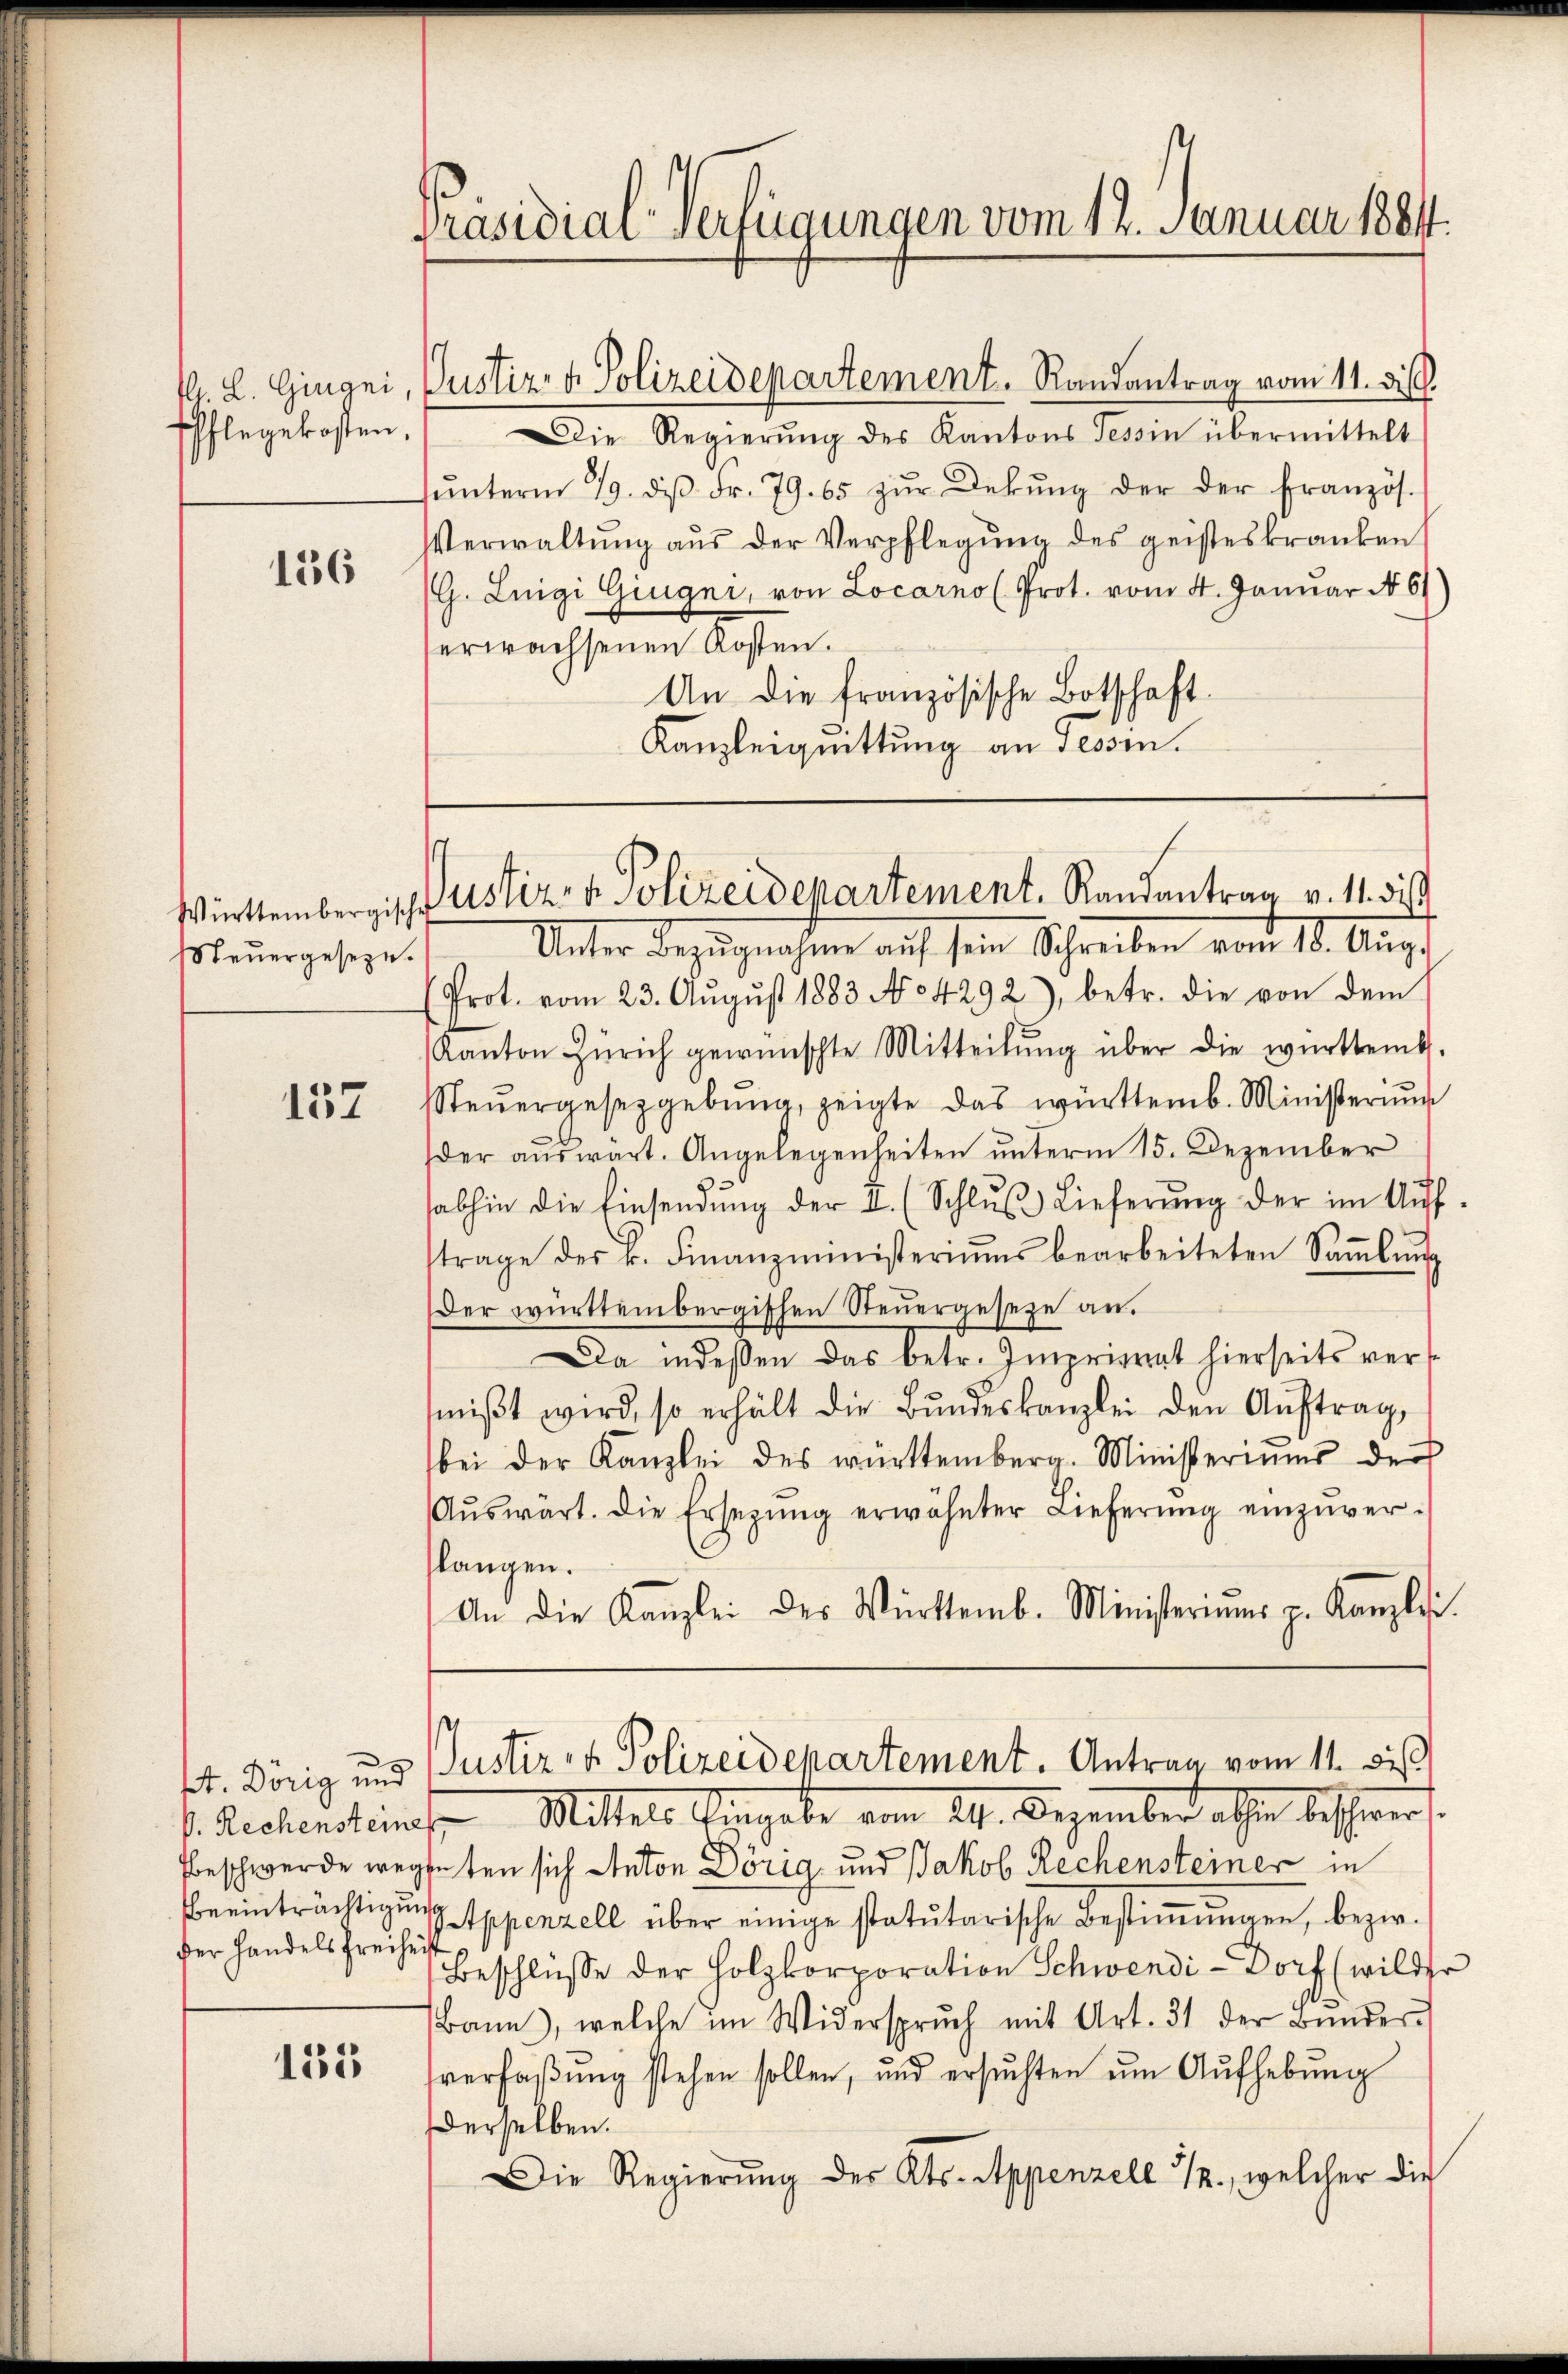
f. L. Gingni
Pflegekosten,

156

Württembergische
Steŭergeseze.

137

V. Rechensteine
der Handels Freihei

135

Präsidial-Verfügungen vom 12. Januar 18814.

Justiz- & Polizeidepartement. Randantrag vom 11. di
Die Regierŭng des Kantons Tessin übermittelt
ŭnterm 19. diβ Fr. 79. 65 zŭr Dekŭng der der Französ.
Verwaltŭng aŭs der Verpflegŭng des geisteskranken
(G. Luigi Gingni, von Locarno (Prot. vom 4. Januar No 61
erwachsenen Kosten.
An die französische Botschaft.
Kanzleiquittung an sessen.

Justiz- & Polizeidepartement. Randantrag v. 11. dies

t. Dörig und Justiz- & Polizeidepartement. Antrag vom 11. dieß

Unter Bezŭgnahme auf sein Schreiben vom 13. Aŭg.
(Prot. vom 23. August 1883 No 4292), betr. die von dem
Kanton Zürich gewünschte Mitteilŭng über die württemb.
Steŭergesetzgebŭng, zeigte das württemb. Ministeriŭm
der auswärt. Angelegenheiten unterm 15. Dezember
abhin die Einsendŭng der I. (Schlŭβ Lieferŭng der im Auf-
trage der k. Finanzministeriums bearbeiteten Saṁlŭng
Der württembergischen Steŭergeseze an.
Da indessen das betr. Impriert hierseits vers
miβt wird, so erhält die Bŭndeskanzlei den Aŭftrag,
bei der Kanzlei des württemberg. Ministeriums der
Aŭswärt. Die Ersetzŭng erwähnter Lieferŭng einzŭver-
langen.
An die Kanzlei der Württemb. Ministeriums p. Kanzlei.

Mittels Eingabe vom 24. Dezember als beschwer
beschwerde wegenten sich Anton Dörig und Jakob Rechensteiner in
Beeinträchtigŭng Appenzell über einige statutarische Bestiṁŭngen, bezir¬
Beschlüsse der Holzkorporation Schwendi-Dorf (wilder
Bann, welche im Widerspruch mit Art. 31 der Bŭnder
verfaßung stehen sollen, und ersŭchten um Aufhebung
Derselben.
Die Regierŭng des Kts. Appenzell 1., welcher die